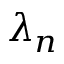
\lambda _ { n }